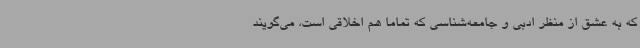
که به عشق از منظر ادبی و جامعه‌شناسی که تماما هم اخلاقی است، می‌گویند